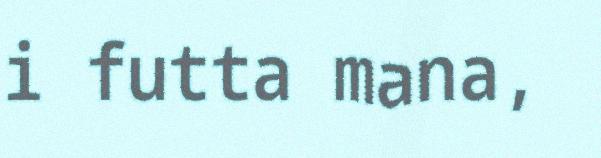
i futta mana,